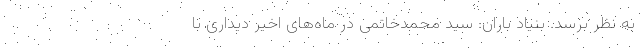
به نظر برسد. بنیاد باران: سید محمدخاتمی در ماه‌های اخیر دیداری با